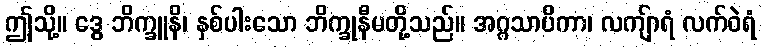
ဤသို့။ ဒွေ ဘိက္ခူနိ၊ နှစ်ပါးသော ဘိက္ခုနီမတို့သည်။ အဂ္ဂသာပိကာ၊ လကျ်ာရံ လက်ဝဲရံ